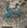
إذا